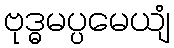
ဗုဒ္ဓမပ္ပမေယျံ